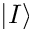
\left| { I } \right\rangle